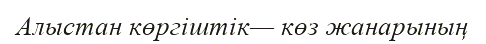
Алыстан көргіштік— көз жанарының